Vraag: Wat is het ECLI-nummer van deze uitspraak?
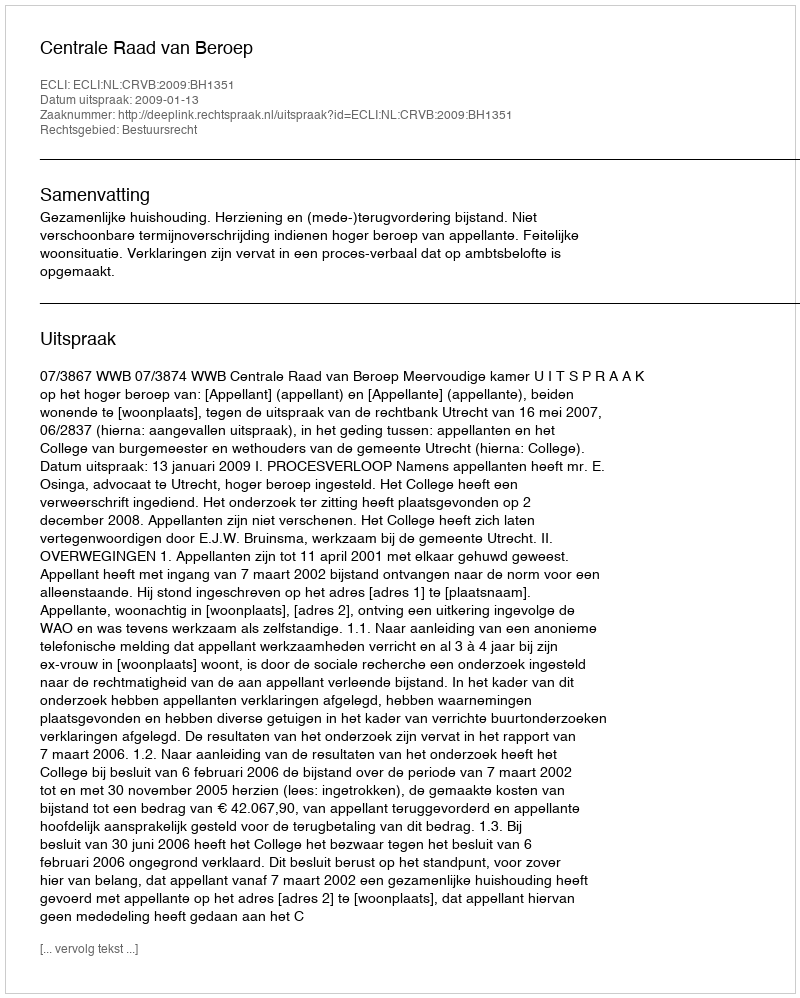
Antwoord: ECLI:NL:CRVB:2009:BH1351